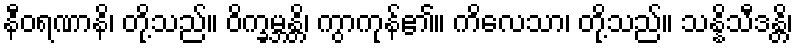
နီဝရဏာနိ၊ တို့သည်။ ဝိက္ခမ္ဘန္တိ၊ ကွာကုန်၏။ ကိလေသာ၊ တို့သည်။ သန္နိသီဒန္တိ၊